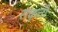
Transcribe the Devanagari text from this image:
राकृती